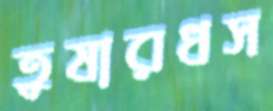
তুষারধস